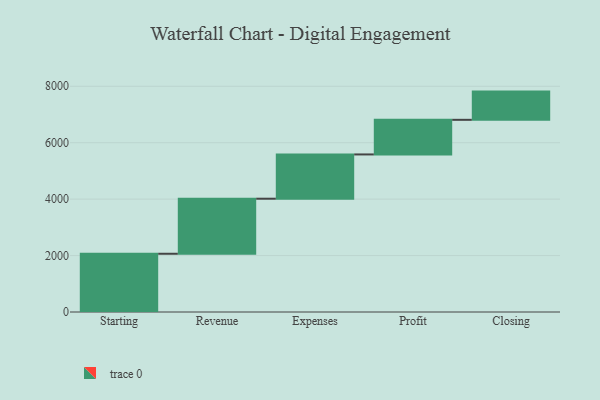
{"axis": {"x": "Step", "y": "Value"}, "legend": [""], "data": [{"x": "Starting", "y": 2064.0, "type": ""}, {"x": "Revenue", "y": 1951.0, "type": ""}, {"x": "Expenses", "y": 1569.0, "type": ""}, {"x": "Profit", "y": 1227.0, "type": ""}, {"x": "Closing", "y": 1000, "type": ""}]}